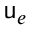
\mathsf { u } _ { e }